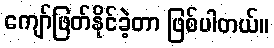
ကျော်ဖြတ်နိုင်ခဲ့တာ ဖြစ်ပါတယ်။